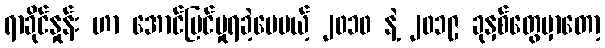
ရာခိုင်နှုန်း ဟာ အောင်မြင်မှုရခဲ့ပေမယ့် ၂၀၁၀ နဲ့ ၂၀၁၉ ခုနှစ်တွေမှာတော့